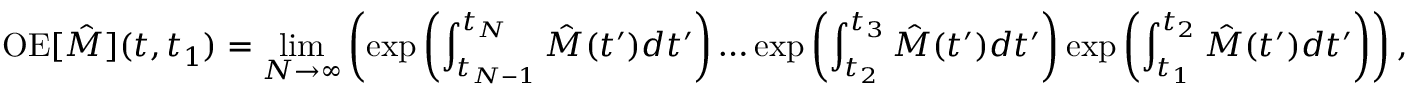
\mathrm { O E } [ \hat { M } ] ( t , t _ { 1 } ) = \operatorname* { l i m } _ { N \rightarrow \infty } \left( \exp { \left( \int _ { t _ { N - 1 } } ^ { t _ { N } } \hat { M } ( t ^ { \prime } ) d t ^ { \prime } \right) } \ldots \exp { \left( \int _ { t _ { 2 } } ^ { t _ { 3 } } \hat { M } ( t ^ { \prime } ) d t ^ { \prime } \right) } \exp { \left( \int _ { t _ { 1 } } ^ { t _ { 2 } } \hat { M } ( t ^ { \prime } ) d t ^ { \prime } \right) } \right) ,